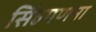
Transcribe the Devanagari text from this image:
सिंहगणना